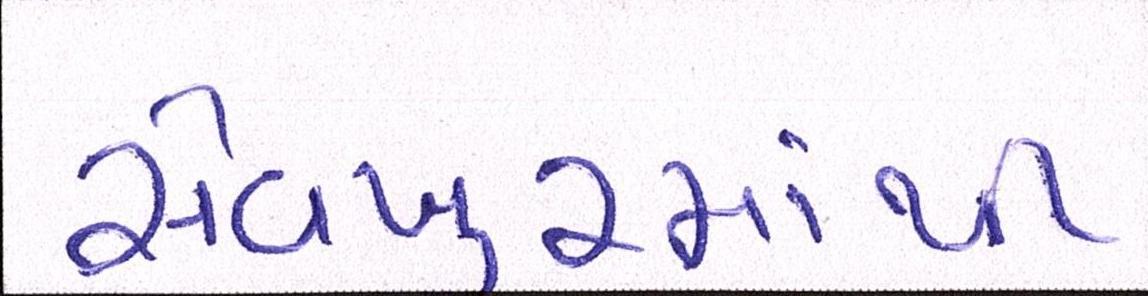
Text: સેવખુરમાંથી